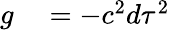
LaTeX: \begin{array}{rl}{g}&{{}=-c^{2}d\tau^{2}}\end{array}